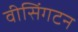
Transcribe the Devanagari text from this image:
वीसिंगटन